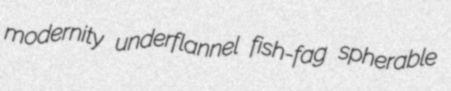
modernity underflannel fish-fag spherable